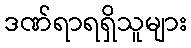
ဒဏ်ရာရရှိသူများ